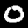
Label: 0